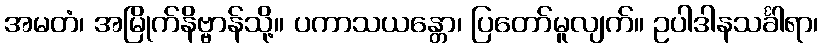
အမတံ၊ အမြိုက်နိဗ္ဗာန်သို့။ ပကာသယန္တော၊ ပြတော်မူလျက်။ ဥပါဒါနသင်္ခါရာ၊